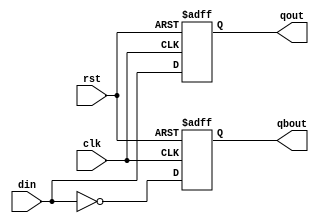
module dflop (
	input rst ,
	input clk ,
	input din ,
	output qout ,
	output qbout
);
	// defining outputs as reg
	reg qout, qbout;

	// D-FF main code
	always @ (negedge clk or posedge rst)
	begin
		if (rst == 1'b1) 
		begin
			qout  <= 1'b0;
			qbout <= 1'b1;
		end
		else
		begin
			#5;
			qout  <= din;
			qbout <= ~din;
		end
	end

endmodule